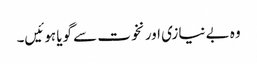
وہ بے نیازی اور نخوت سے گویا ہوئیں۔